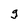
Character: g